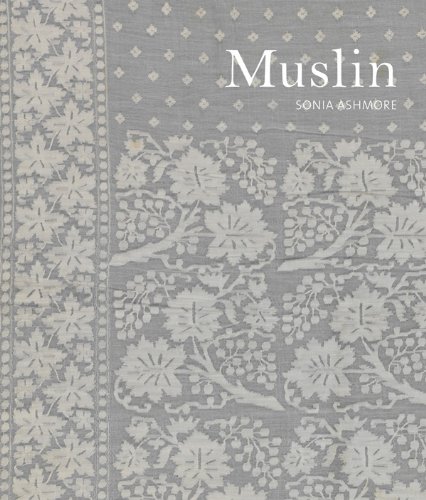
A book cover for Muslin; Sonia Ashmore; Science & Math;